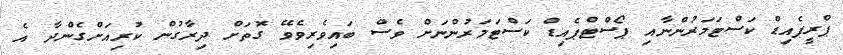
ޕްރީޕެއިޑް ކަސްޓަމަރުންނާއި ޕޯސްޓްޕެއިޑް ކަސްޓަމަރުންނަށް ވެސް ބައިވެރިވެވޭ ގޮތަށް ދިރާގުން ކުރިއަށްގެންދާ އެ